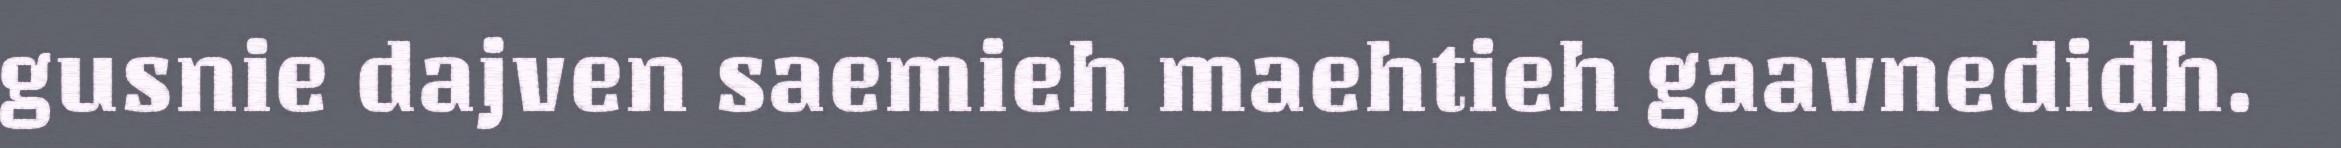
gusnie dajven saemieh maehtieh gaavnedidh.